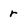
Character: r